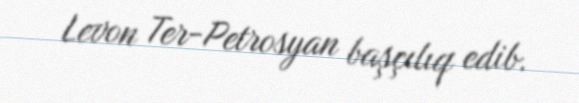
Levon Ter-Petrosyan başçılıq edib.